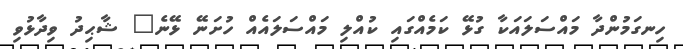
ހިނގަމުންދާ މައްސަލައަކާ ގުޅޭ ކަމެއްގައި ކުއްލި މައްސަލައެއް ހުށަނޭ ޅޭނެ" ޝާޙިދު ވިދާޅުވި